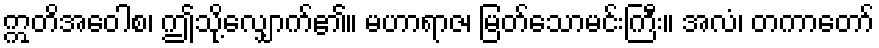
ဣတိအဝေါစ၊ ဤသို့လျှောက်၏။ မဟာရာဇ၊ မြတ်သောမင်းကြီး။ အလံ၊ တကာတော်